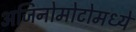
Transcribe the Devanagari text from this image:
अजिनोमोटोमध्ये